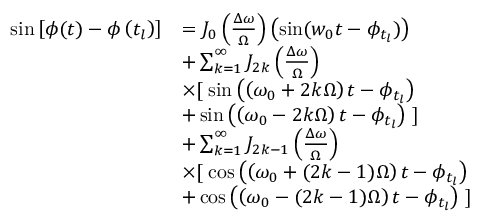
\begin{array} { r l } { \sin \left[ \phi ( t ) - \phi \left( t _ { l } \right) \right] } & { = J _ { 0 } \left( \frac { \Delta \omega } { \Omega } \right) \left( \sin ( w _ { 0 } t - \phi _ { t _ { l } } ) \right) } \\ & { + \sum _ { k = 1 } ^ { \infty } J _ { 2 k } \left( \frac { \Delta \omega } { \Omega } \right) } \\ & { \times [ \; \sin \left( \left( \omega _ { 0 } + 2 k \Omega \right) t - \phi _ { t _ { l } } \right) } \\ & { + \sin \left( \left( \omega _ { 0 } - 2 k \Omega \right) t - \phi _ { t _ { l } } \right) \; ] } \\ & { + \sum _ { k = 1 } ^ { \infty } J _ { 2 k - 1 } \left( \frac { \Delta \omega } { \Omega } \right) } \\ & { \times [ \; \cos \left( \left( \omega _ { 0 } + ( 2 k - 1 ) \Omega \right) t - \phi _ { t _ { l } } \right) } \\ & { + \cos \left( \left( \omega _ { 0 } - ( 2 k - 1 ) \Omega \right) t - \phi _ { t _ { l } } \right) \; ] } \end{array}